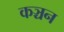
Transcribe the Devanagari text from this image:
कञ्चन